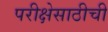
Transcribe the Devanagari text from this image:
परीक्षेसाठीची